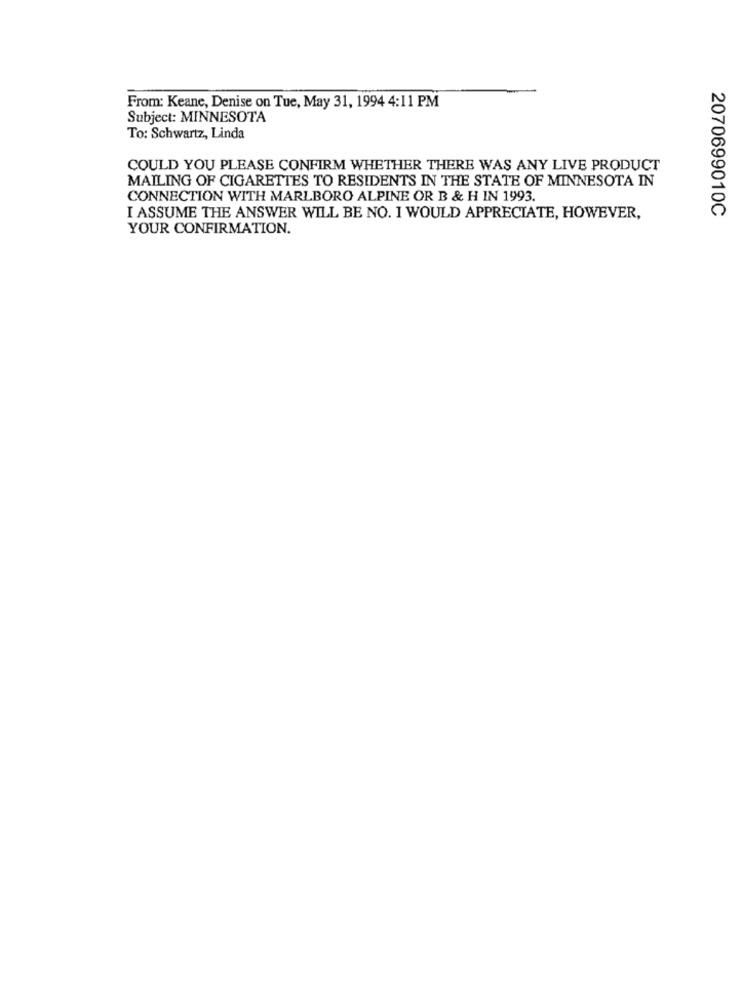
From: Keane, Denise on Tue, May 31, 1994 4:11 PM
Subject: MINNESOTA
To: Schwartz, Linda
COULD YOU PLEASE CONFIRM WHETHER THERE WAS ANY LIVE PRODUCT
MAILING OF CIGARETTES TO RESIDENTS IN THE STATE OF MINNESOTA IN
CONNECTION WITH MARLBORO ALPINE OR B & H IN 1993.
2070699010C
I ASSUME THE ANSWER WILL BE NO. I WOULD APPRECIATE, HOWEVER,
YOUR CONFIRMATION.